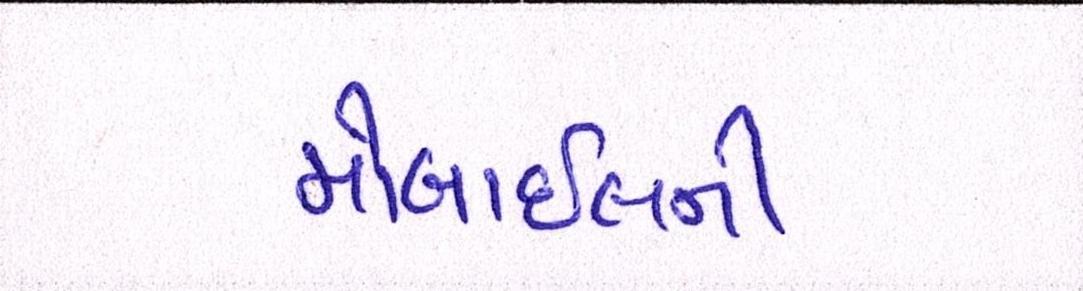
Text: મોબાઇલની